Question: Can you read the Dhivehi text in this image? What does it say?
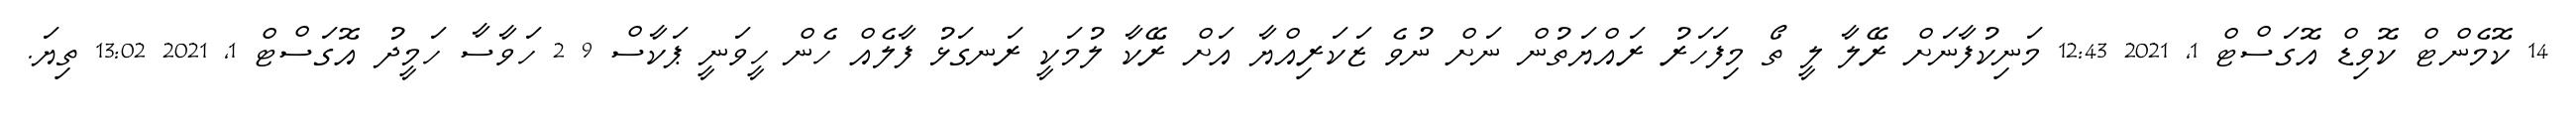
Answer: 14 ކޮމެންޓް ކޮވިޑް އޮގަސްޓް 1, 2021 12:43 މަނިކުފާނަށް ރޭލާ ލީ ތޯ މިފަހަރު ރައްޔަތުން ނަށް ނުވެ ޒަކަރިއްޔާ އަށް ރޭކާ ލުމަކީ ރަނގަޅު ފާލެއް ހެން ހީވަނީ ޕަކާސް 9 2 ހަވާސާ ހަމީދު އޮގަސްޓް 1, 2021 13:02 ތިޔަ.